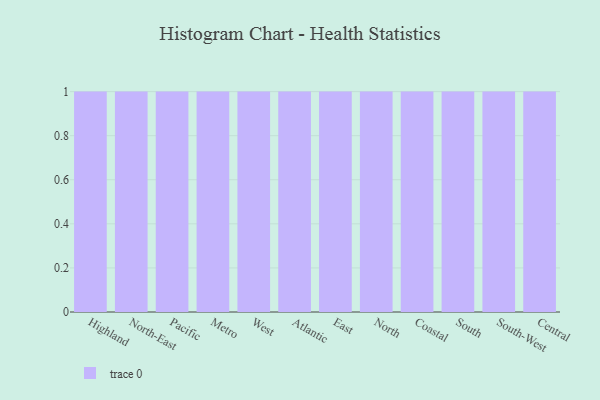
{"axis": {"x": "Region", "y": "Gross Profit (USD K)"}, "legend": [""], "data": [{"x": "Highland", "y": 76, "type": ""}, {"x": "North-East", "y": 29, "type": ""}, {"x": "Pacific", "y": 36, "type": ""}, {"x": "Metro", "y": 43, "type": ""}, {"x": "West", "y": 7, "type": ""}, {"x": "Atlantic", "y": 47, "type": ""}, {"x": "East", "y": 33, "type": ""}, {"x": "North", "y": 21, "type": ""}, {"x": "Coastal", "y": 63, "type": ""}, {"x": "South", "y": 48, "type": ""}, {"x": "South-West", "y": 7, "type": ""}, {"x": "Central", "y": 91, "type": ""}]}